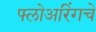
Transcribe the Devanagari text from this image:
फ्लोअरिंगचे